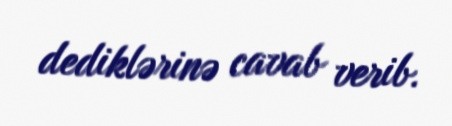
dediklərinə cavab verib.